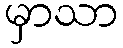
မှာသာ